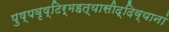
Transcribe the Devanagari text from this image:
पुष्पवृष्टिर्महत्यासीद्दिव्यानां